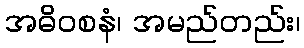
အဓိဝစနံ၊ အမည်တည်း၊